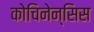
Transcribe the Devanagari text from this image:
कोचिनेन्सिस